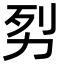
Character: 劽